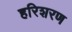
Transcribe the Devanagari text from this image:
हरिशरण